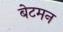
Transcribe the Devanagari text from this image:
बेटमन